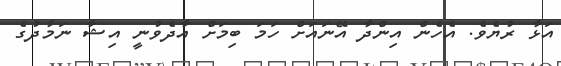
އަޅާ ރުޔެވެ. އެހެން އިންދާ އޭނައަށް ހަމަ ބިމަށް އާދެވުނީ އިޝާ ނަމާދުގެ